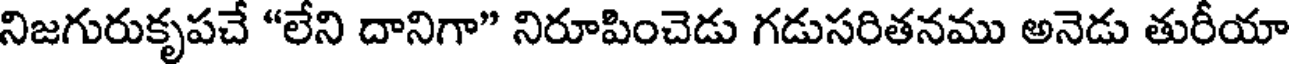
నిజగురుకృపచే "లేని దానిగా" నిరూపించెడు గడుసరితనము అనెడు తురీయా